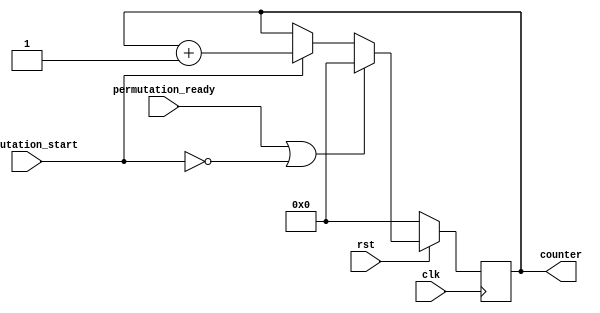
module RoundCounter (
	// Inputs
    input        clk,
    input        rst,
    input        permutation_start,
    input        permutation_ready,

	// Outputs
    output [4:0] counter
);
    reg [4:0] ctr;
    always @(posedge clk) begin
        if(!rst)
            ctr <= 0;
        else begin
            if(permutation_ready || ~permutation_start)
                ctr <= 0;
            else if(permutation_start)
                ctr <= ctr + 1;
        end
    end
    assign counter = ctr;
endmodule